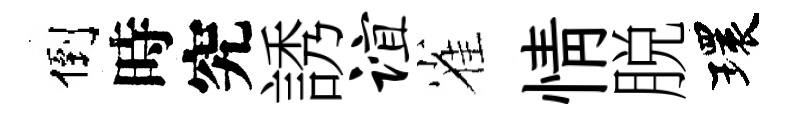
倒時究誘谊雀情脱環